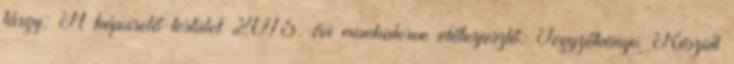
tárgy: A képviselő-testület 2015. évi munkaterve előterjesztő: Jegyzőkönyv. Készült